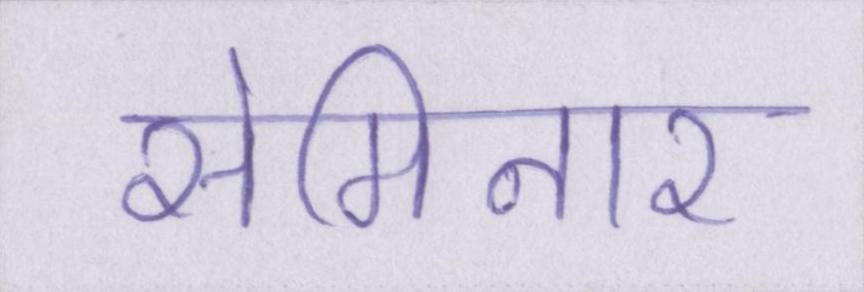
सेमिनार